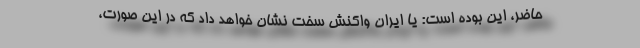
حاضر، این بوده است: یا ایران واکنش سخت نشان خواهد داد که در این صورت،